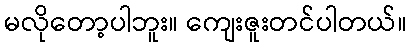
မလိုတော့ပါဘူး။ ကျေးဇူးတင်ပါတယ်။